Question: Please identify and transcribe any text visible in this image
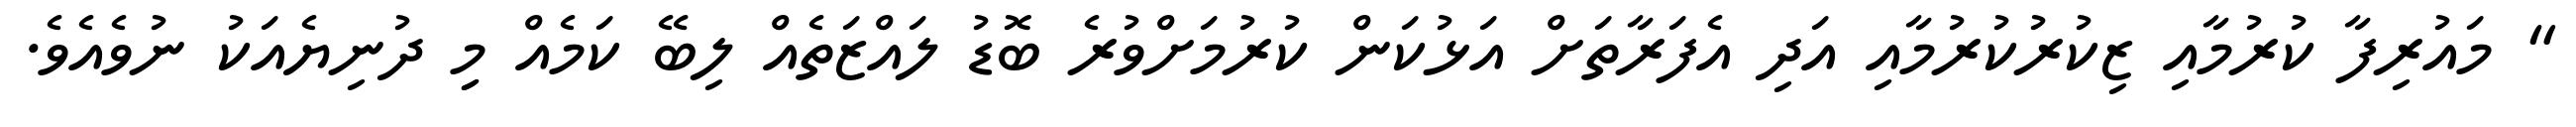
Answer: " މައުރިފާ ކުރުމާއި ޒިކުރުކުރުމާއި އަދި އެފަރާތަށް އަޅުކަން ކުރުމަށްވުރެ ބޮޑު ލައްޒަތެއް ލިބޭ ކަމެއް މިި ދުނިޔެއަކު ނުވެއެވެ.